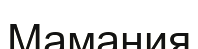
Мамания